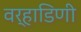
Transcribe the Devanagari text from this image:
वर्‍हाडिणी